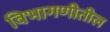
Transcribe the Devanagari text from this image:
विभागणीतील